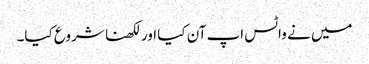
میں نے واٹس اپ آن کیا اور لکھنا شروع کیا۔